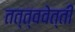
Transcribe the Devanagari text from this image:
तत्त्ववेत्ती